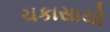
ચકાસાયો